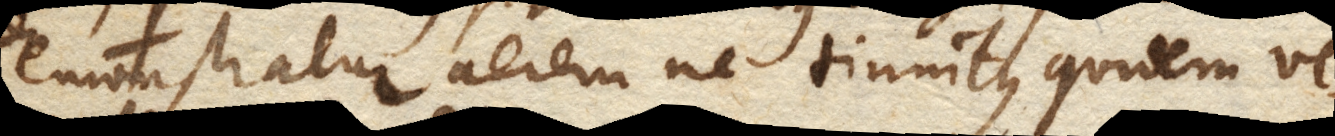
demonstratur aerem ne tinnitus quidem ve–